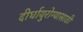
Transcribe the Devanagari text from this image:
दीर्घायुरोग्यासाठी